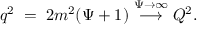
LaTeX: q ^ { 2 } \; = \; 2 m ^ { 2 } ( \Psi + 1 ) \stackrel { \Psi \to \infty } { \longrightarrow } Q ^ { 2 } .